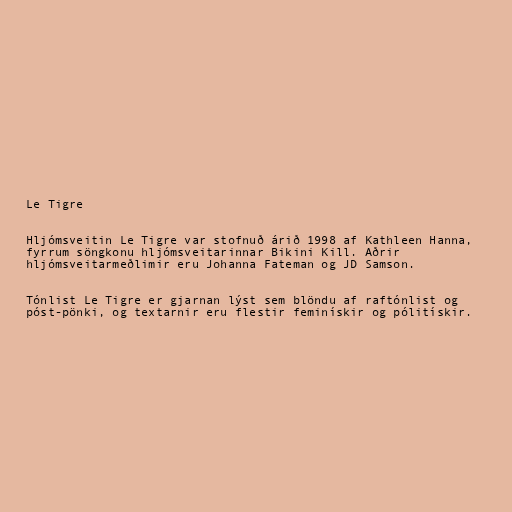
Le Tigre

Hljómsveitin Le Tigre var stofnuð árið 1998 af Kathleen Hanna,
fyrrum söngkonu hljómsveitarinnar Bikini Kill. Aðrir
hljómsveitarmeðlimir eru Johanna Fateman og JD Samson.

Tónlist Le Tigre er gjarnan lýst sem blöndu af raftónlist og
póst-pönki, og textarnir eru flestir feminískir og pólitískir.